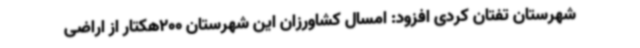
شهرستان تفتان کردی افزود: امسال کشاورزان این شهرستان 200هکتار از اراضی